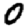
Digit: 0